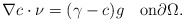
\begin{align*} \nabla c\cdot \nu=(\gamma-c)g\quad\mbox{on}\partial\Omega. \end{align*}